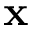
\mathbf { x }